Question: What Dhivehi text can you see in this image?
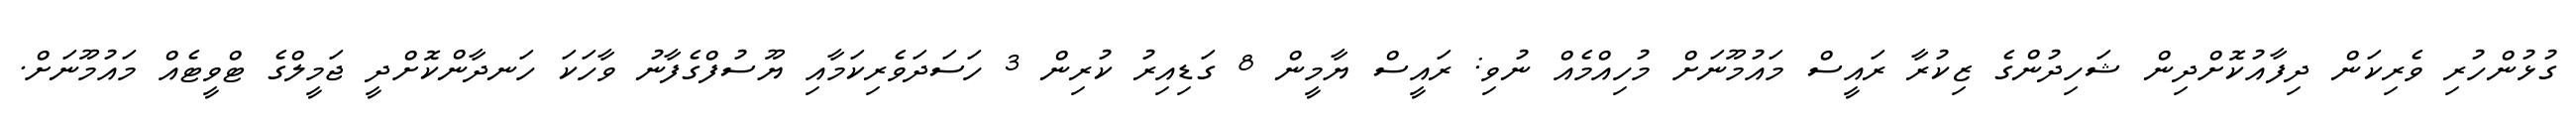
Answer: ގުޅުންހުރި ވެރިކަން ދިފާއުކޮށްދިން ޝަހިދުންގެ ޒިކުރާ ރައީސް މައުމޫނަށް މުހިއްމެއް ނުވި: ރައީސް ޔާމީން 8 ގަޑިއިރު ކުރިން 3 ހަސަދަވެރިކަމާއި ޔޫސުފްގެފާނު ވާހަކަ ހަނދާންކޮށްދީ ޖަމީލްގެ ޓްވީޓެއް މައުމޫނަށް.